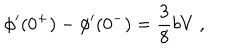
LaTeX: \phi ^ { \prime } ( 0 ^ { + } ) - \phi ^ { \prime } ( 0 ^ { - } ) = \frac { 3 } { 8 } b V ~ ,